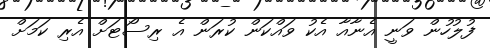
ފުލުހުން ވަނީ އެނާއާ އެކު ވައްކަން ކުރަން އެ ރިސޯޓަށް އެރި ކަމަށް